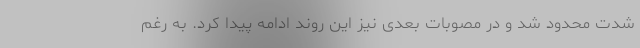
شدت محدود شد و در مصوبات بعدی نیز این روند ادامه پیدا کرد. به رغم